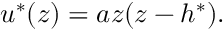
u ^ { \ast } ( z ) = a z ( z - h ^ { \ast } ) .